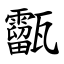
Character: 㽌